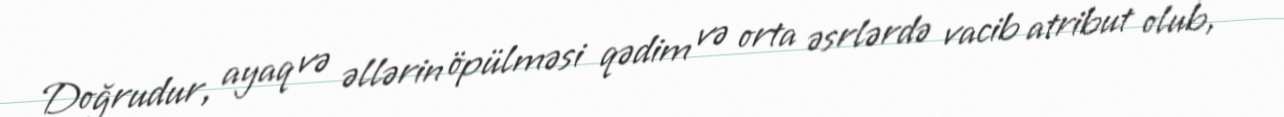
Doğrudur, ayaq və əllərin öpülməsi qədim və orta əsrlərdə vacib atribut olub,